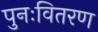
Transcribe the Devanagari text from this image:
पुनःवितरण